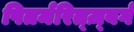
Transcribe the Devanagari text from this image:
पितर्मरित्ज़्बर्ग